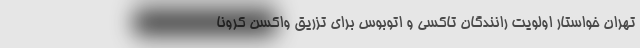
تهران خواستار اولویت رانندگان تاکسی و اتوبوس برای تزریق واکسن کرونا